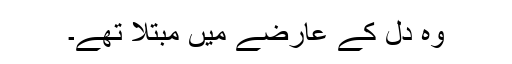
وہ دل کے عارضے میں مبتلا تھے۔